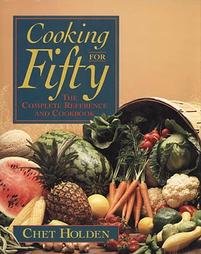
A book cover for Cooking for Fifty: the Complete Reference and Cookbook; Chet Holden; Cookbooks, Food & Wine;